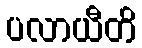
ပလာယီတိ